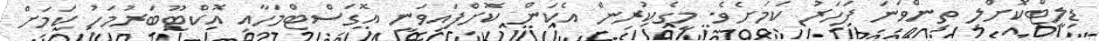
ޑިލީޓްކޮށްލި ތިންވަނަ ފަހަރު ކަމަށެވެ. މީގެކުރިން އެކަން ކޮށްފައިވަނީ އޮގަސްޓްމަހާއި އޮކްޓޫބަރުމަހު ކަމަށް